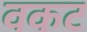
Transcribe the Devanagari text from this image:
वकट